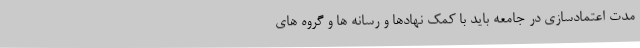
مدت اعتمادسازی در جامعه باید با کمک نهادها و رسانه ها و گروه های